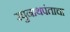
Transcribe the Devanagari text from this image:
रघुनाथपंताचा